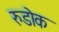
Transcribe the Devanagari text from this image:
रुडोक